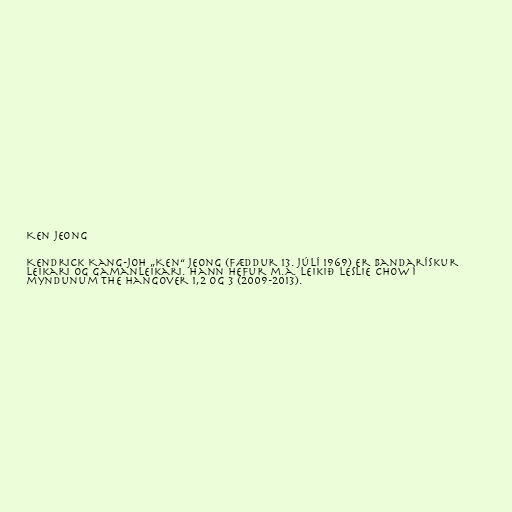
Ken Jeong

Kendrick Kang-Joh „Ken“ Jeong (fæddur 13. júlí 1969) er bandarískur
leikari og gamanleikari. Hann hefur m.a. leikið Leslie Chow í
myndunum The Hangover 1,2 og 3 (2009-2013).